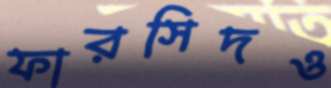
ফারসিদও